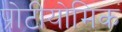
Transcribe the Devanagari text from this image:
प्रोटीयोमिक